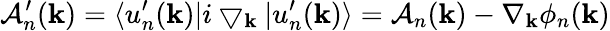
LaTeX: \mathcal{A}_{n}^{\prime}(\mathbf{k})=\langle u_{n}^{\prime}(\mathbf{k})|i\bigtriangledown_{\mathbf{k}}|u_{n}^{\prime}(\mathbf{k})\rangle=\mathcal{A}_{n}(\mathbf{k})-\nabla_{\mathbf{k}}\phi_{n}(\mathbf{k})